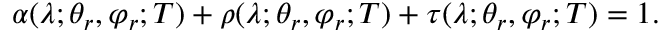
\alpha ( \lambda ; \theta _ { r } , \varphi _ { r } ; T ) + \rho ( \lambda ; \theta _ { r } , \varphi _ { r } ; T ) + \tau ( \lambda ; \theta _ { r } , \varphi _ { r } ; T ) = 1 \mathrm { . }